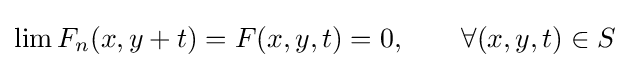
\lim F_{n}(x,y+t)=F(x,y,t)=0,\quad \quad \forall (x,y,t)\in S